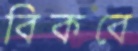
বিকবে